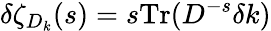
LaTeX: \delta\zeta_{D_{k}}(s)=s\mathrm{Tr}(D^{-s}\delta k)